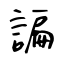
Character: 諞